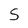
Character: S